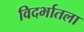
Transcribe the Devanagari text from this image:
विदर्भातला